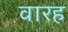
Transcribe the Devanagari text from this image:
वारह